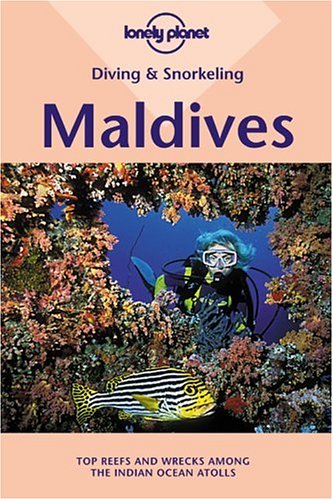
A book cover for Diving & Snorkeling Maldives (Lonely Planet Diving & Snorkeling Maldives); Casey Mahaney; Travel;